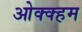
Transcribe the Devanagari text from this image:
ओक्क्हम